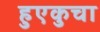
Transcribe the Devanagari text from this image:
हुएकुचा